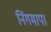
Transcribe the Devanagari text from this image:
निंगमापा